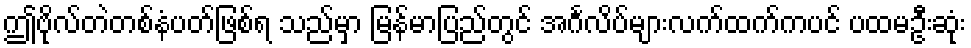
ဤဗိုလ်တဲတစ်နံပတ်ဖြစ်ရ သည်မှာ မြန်မာပြည်တွင် အင်္ဂလိပ်များလက်ထက်ကပင် ပထမဦးဆုံး